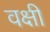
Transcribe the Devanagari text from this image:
वक्षी